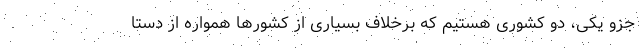
جزو یکی، دو کشوری هستیم که برخلاف بسیاری از کشورها همواره از دستا